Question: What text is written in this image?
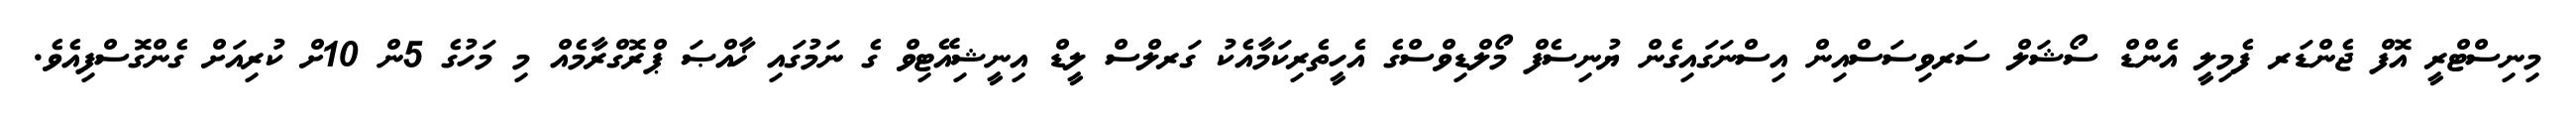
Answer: މިނިސްޓްރީ އޮފް ޖެންޑަރ ފެމިލީ އެންޑް ސޯޝަލް ސަރވިސަސްއިން އިސްނަގައިގެން ޔުނިސެފް މޯލްޑިވްސްގެ އެހީތެރިކަމާއެކު ގަރލްސް ލީޑް އިނީޝިއޭޓިވް ގެ ނަމުގައި ޚާއްޞަ ޕްރޮގްރާމެއް މި މަހުގެ 5ން 10ށް ކުރިއަށް ގެންގޮސްފިއެވެ.